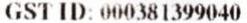
GST ID: 000381399040